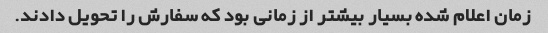
زمان اعلام شده بسیار بیشتر از زمانی بود که سفارش را تحویل دادند.